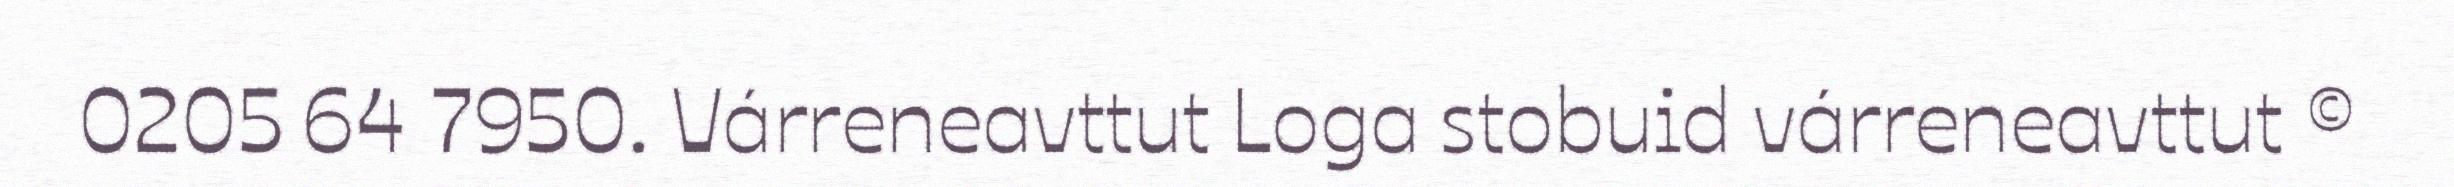
0205 64 7950. Várreneavttut Loga stobuid várreneavttut ©